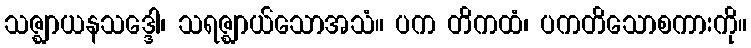
သဇ္ဈာယနသဒ္ဒေါ၊ သရဇ္ဈာယ်သောအသံ။ ပက တိကထံ၊ ပကတိသောစကားကို။